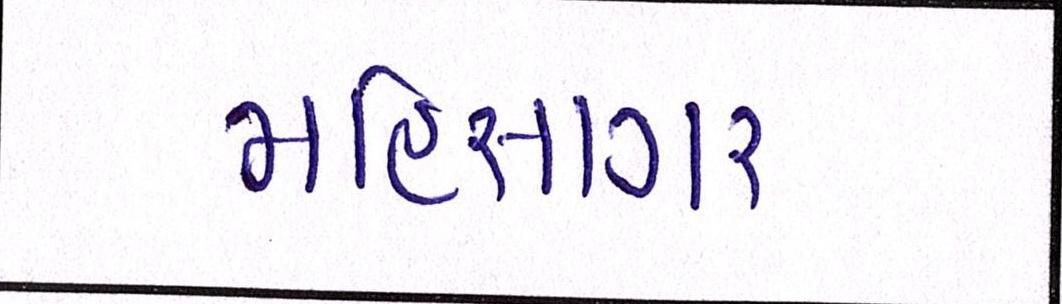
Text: મહિસાગર